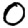
Digit: 0